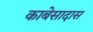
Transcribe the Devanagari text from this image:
काबेसादास